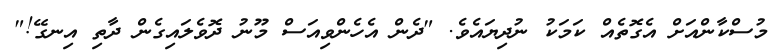
މުސްކާންއަށް އެގޮތެއް ކަމަކު ނުދިޔައެވެ. "ދެން އެހެންވިއަސް މޫނު ދޮވެލައިގެން ދާތި އިނގޭ!"